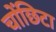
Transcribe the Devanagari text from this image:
चोंछिटा